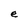
Character: e